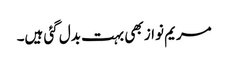
مریم نواز بھی بہت بدل گئی ہیں۔